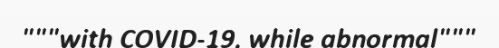
"""with COVID-19, while abnormal"""